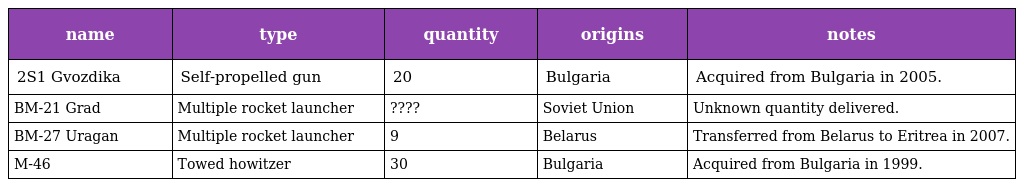
| name | type | quantity | origins | notes |
 | --- | --- | --- | --- | --- |
 | 2S1 Gvozdika | Self-propelled gun | 20 | Bulgaria | Acquired from Bulgaria in 2005. |
 | BM-21 Grad | Multiple rocket launcher | ???? | Soviet Union | Unknown quantity delivered. |
 | BM-27 Uragan | Multiple rocket launcher | 9 | Belarus | Transferred from Belarus to Eritrea in 2007. |
 | M-46 | Towed howitzer | 30 | Bulgaria | Acquired from Bulgaria in 1999. |